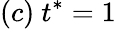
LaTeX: (c)\ t^{*}=1